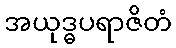
အယုဒ္ဓပရာဇိတံ